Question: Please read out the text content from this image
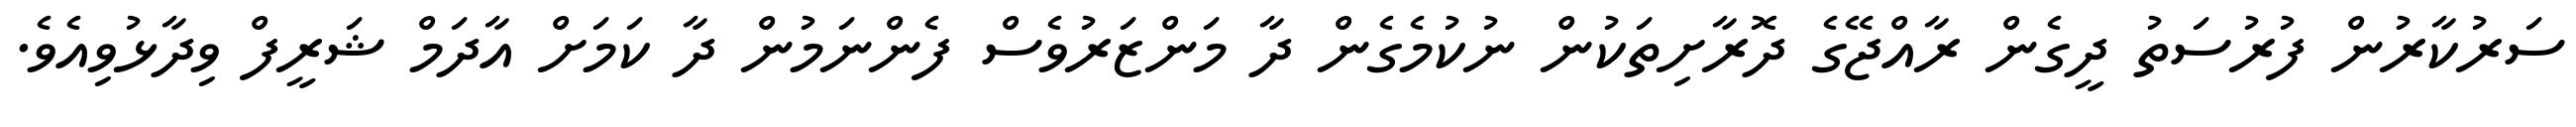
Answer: ސަރުކާރުން ފުރުސަތު ދީގެން ރާއްޖޭގެ ދޮރާށިތަކުން ނުކުމެގެން ދާ މަންޒަރުވެސް ފެންނަމުން ދާ ކަމަށް އާދަމް ޝަރީފް ވިދާޅުވިއެވެ.